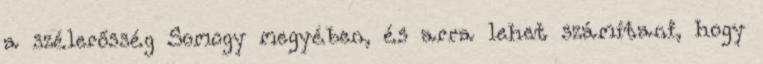
a szélerősség Somogy megyében, és arra lehet számítani, hogy